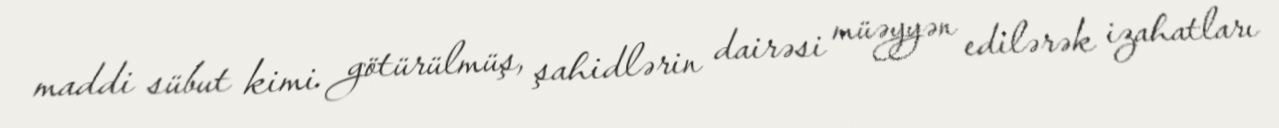
maddi sübut kimi götürülmüş, şahidlərin dairəsi müəyyən edilərək izahatları